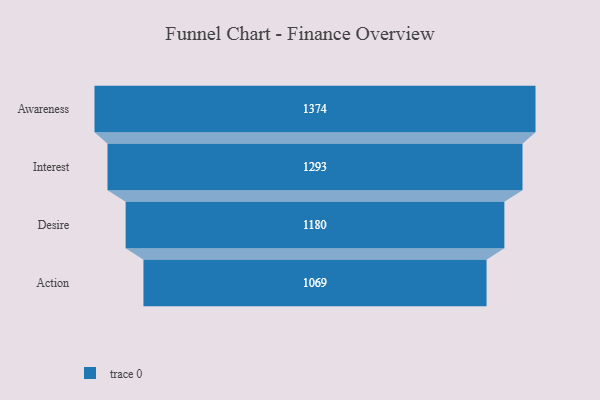
{"axis": {"x": "Stage", "y": "Value"}, "legend": [""], "data": [{"x": "Awareness", "y": 1374.0, "type": ""}, {"x": "Interest", "y": 1293.0, "type": ""}, {"x": "Desire", "y": 1180.0, "type": ""}, {"x": "Action", "y": 1069.0, "type": ""}]}